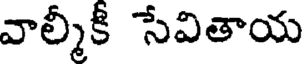
వాల్మీకీ సేవితాయ